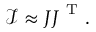
\boldsymbol { \mathcal { I } } \approx \boldsymbol { J } \boldsymbol { J } ^ { \mathrm { ~ T ~ } } .